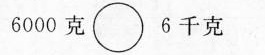
6000克\circ6千克